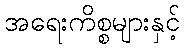
အရေးကိစ္စများနှင့်